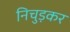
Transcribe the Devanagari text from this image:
निचुड़कर